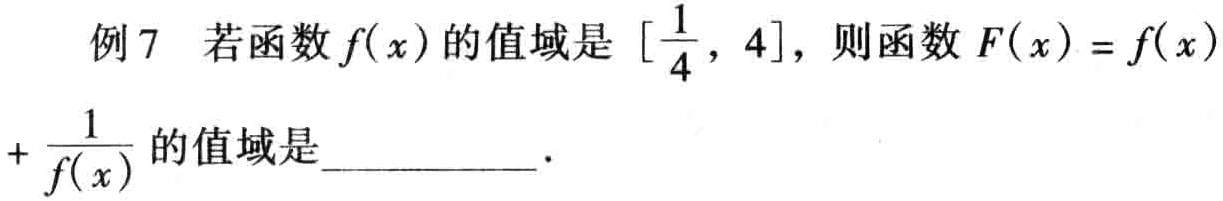
例7 若函数$f(x)$的值域是$[\frac{1}{4},4]$，则函数$F(x)=f(x)+\frac{1}{f(x)}$的值域是__________．